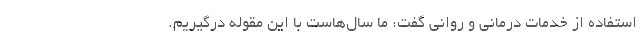
استفاده از خدمات درمانی و روانی گفت: ما سال‌هاست با این مقوله درگیریم.